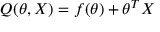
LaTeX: Q ( \theta , X ) = f ( \theta ) + \theta ^ { T } X